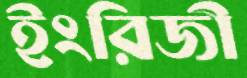
ইংরিজী